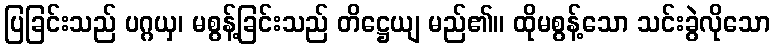
ပြခြင်းသည် ပဂ္ဂယှ၊ မစွန့်ခြင်းသည် တိဋ္ဌေယျ မည်၏။ ထိုမစွန့်သော သင်းခွဲလိုသော